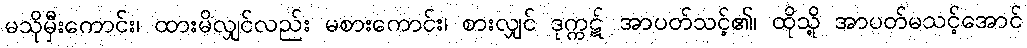
မသိုမှီးကောင်း၊ ထားမိလျှင်လည်း မစားကောင်း၊ စားလျှင် ဒုက္ကဋ် အာပတ်သင့်၏၊ ထိုသို့ အာပတ်မသင့်အောင်